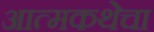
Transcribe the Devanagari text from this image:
आत्मकथेचा